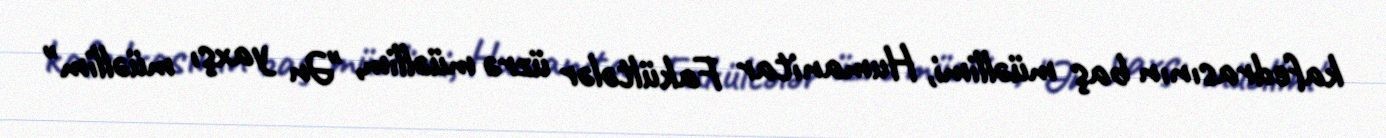
kafedrasının baş müəllimi, Humanitar Fakültələr üzrə müəllim, "Ən yaxşı müəllim"